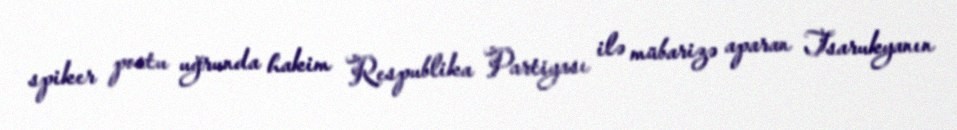
spiker postu uğrunda hakim Respublika Partiyası ilə mübarizə aparan Tsarukyanın